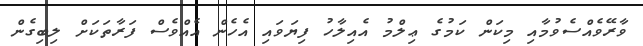
ވާރޭވެއްސެވުމާއި މިކަން ކަމުގެ ޢިލްމު އެއިލާހު ފިޔަވައި އެހެން އެއްވެސް ފަރާތަކަށް ލިބިގެން